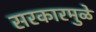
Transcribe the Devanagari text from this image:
सरकारमुळे